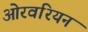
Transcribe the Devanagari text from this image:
ओरवरियन